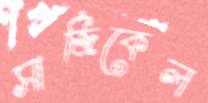
সার্জিকেল